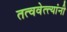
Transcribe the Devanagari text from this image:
तत्ववेत्त्यांनी